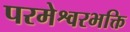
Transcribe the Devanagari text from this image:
परमेश्वरभक्ति